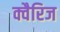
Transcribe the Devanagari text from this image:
क्वैरिज